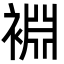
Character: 裫